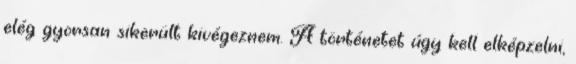
elég gyorsan sikerült kivégeznem. A történetet úgy kell elképzelni,